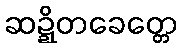
ဆဍ္ဍိတခေတ္တေ